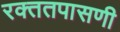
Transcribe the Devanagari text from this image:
रक्ततपासणी